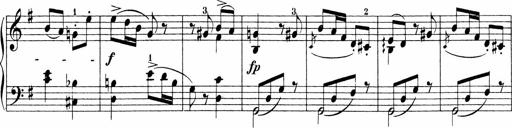
Title: Sonatinen Op.47, 98 und 136, nebst 6 Liedersonatinen
Composer: Carl Reinecke